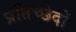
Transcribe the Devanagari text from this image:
प्रतिच्छेदों